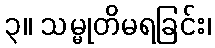
၃။ သမ္မုတိမရခြင်း၊